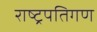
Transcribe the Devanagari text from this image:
राष्ट्रपतिगण